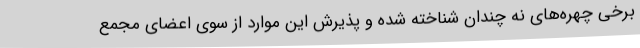
برخی چهره‌های نه چندان شناخته شده و پذیرش این موارد از سوی اعضای مجمع